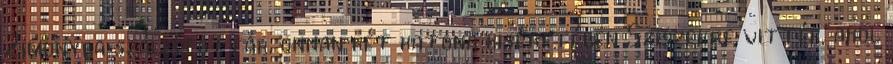
Zimonyba szállították, onnan két katona kiséretében Sziszekre vitték, ahol